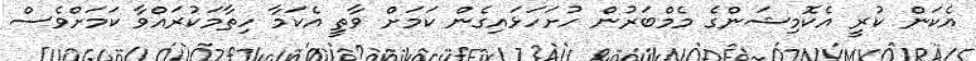
އެކަން ކުރީ އެކޮމިޝަންގެ މެމްބަރުން ހުށަހަޅައިގެން ކަމަށް ވާތީ އެކަމާ ހިތާމަކުރައްވާ ކަމަށްވެސް